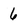
Character: 6